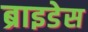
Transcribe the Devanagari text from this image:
ब्राइडेस